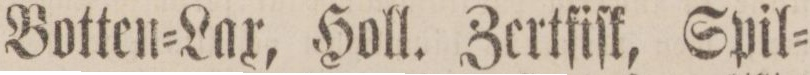
Botten=Lax, Holl. Zertfiſk, Spil=